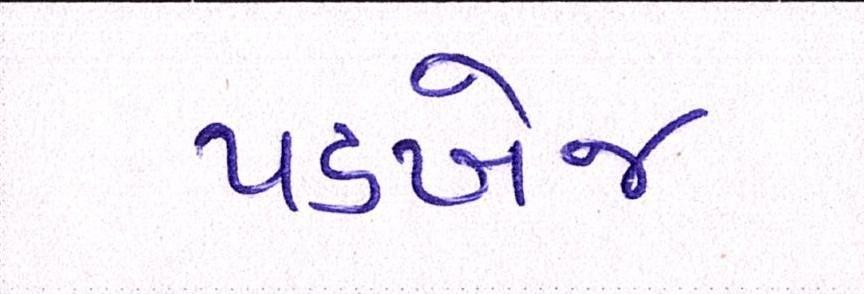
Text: પડખેજ